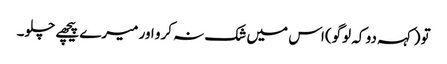
تو (کہہ دو کہ لوگو) اس میں شک نہ کرو اور میرے پیچھے چلو۔